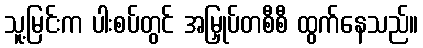
သူ့မြင်းက ပါးစပ်တွင် အမြှုပ်တစီစီ ထွက်နေသည်။